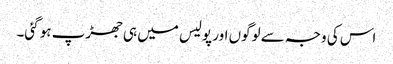
اس کی وجہ سے لوگوں اور پولیس میں ہی جھڑپ ہو گئی۔